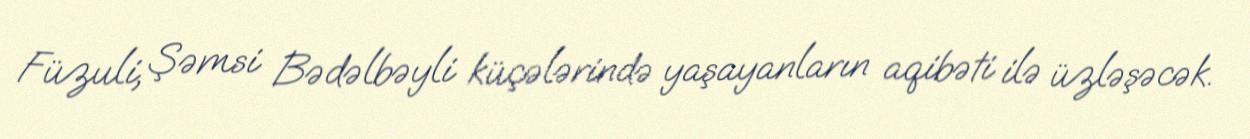
Füzuli, Şəmsi Bədəlbəyli küçələrində yaşayanların aqibəti ilə üzləşəcək.